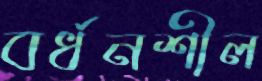
বর্ধনশীল